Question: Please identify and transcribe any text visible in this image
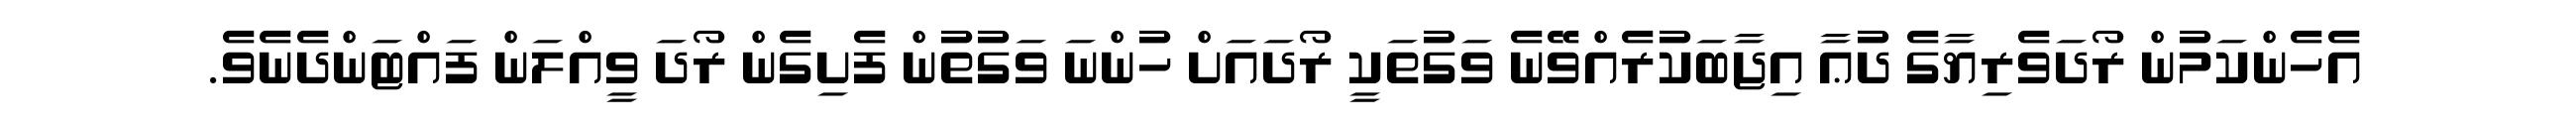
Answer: އެހެންކަމުން ރޯދަވެރިޔާގެ ދުޢާ އިޖާބަކުރެއްވޭނެ ވަގުތަކީ ރޯދައަށް ހުންނަ ވަގުތުން ފެށިގެން ރޯދަ ވީއްލަން ފައްޓަންދެނެވެ.